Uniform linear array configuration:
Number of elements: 16
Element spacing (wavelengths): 0.5
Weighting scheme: hann
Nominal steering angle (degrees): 0
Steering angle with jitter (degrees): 1.748
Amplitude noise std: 0.05
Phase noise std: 0.05

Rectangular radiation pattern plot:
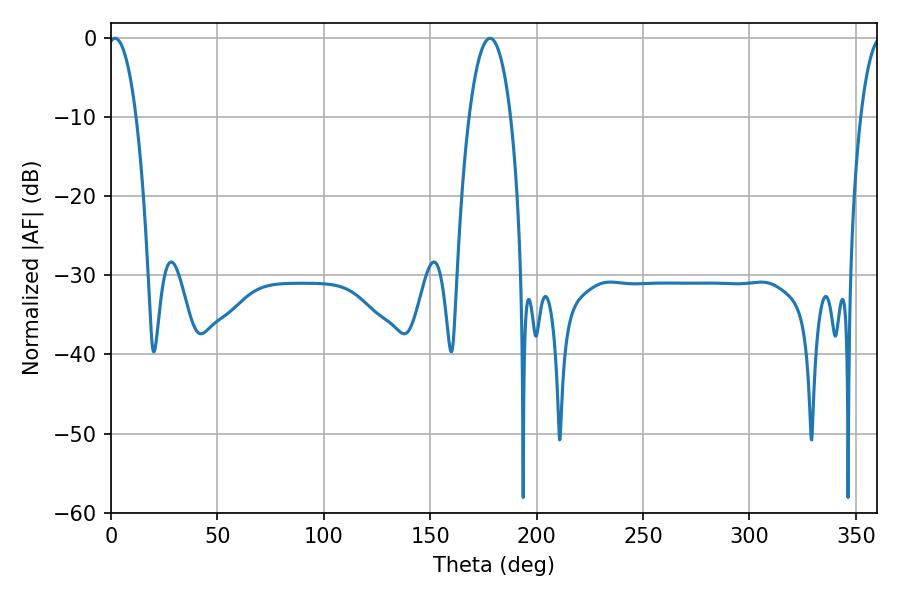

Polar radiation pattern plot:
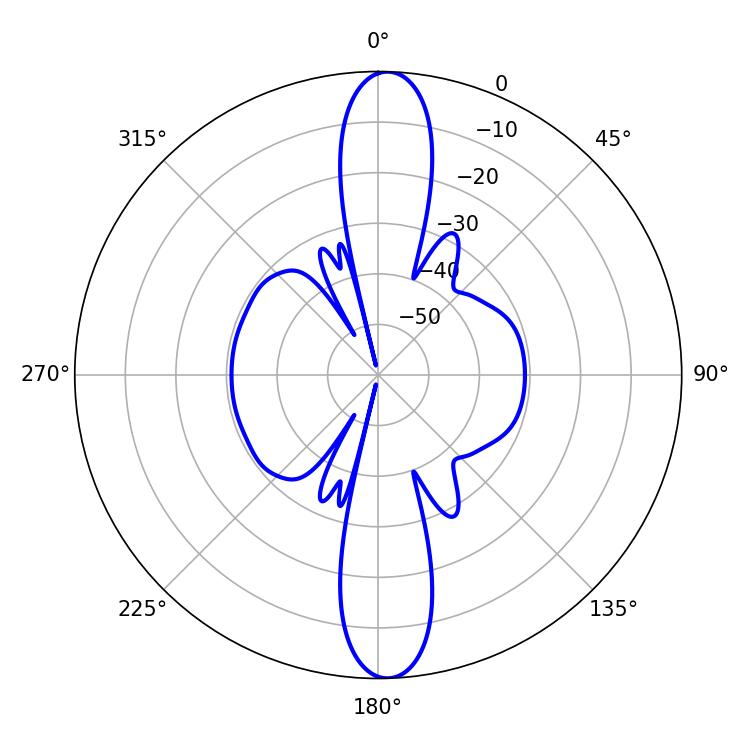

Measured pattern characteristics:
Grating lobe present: FALSE
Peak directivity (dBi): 21.626
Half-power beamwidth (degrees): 7.38
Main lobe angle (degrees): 1.98